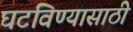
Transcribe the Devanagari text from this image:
घटविण्यासाठी